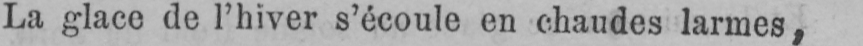
La glace de l’hiver s’écoule en chaudes larmes,